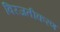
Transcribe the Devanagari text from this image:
विरजतीकरण